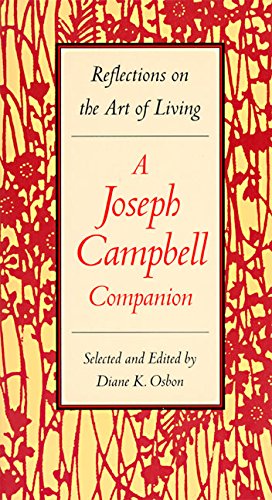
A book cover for Reflections on the Art of Living: A Joseph Campbell Companion; Joseph Campbell; Politics & Social Sciences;